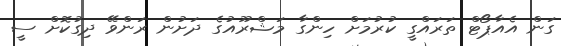
ގަން އެއާޕޯޓް ތަރައްގީ ކުރުމަށް ހިންގާ މަޝްރޫއުގެ ދަށުން ރަންވޭ ދިގުކޮށް ސީ